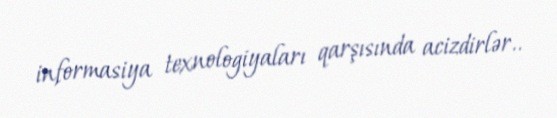
informasiya texnologiyaları qarşısında acizdirlər..